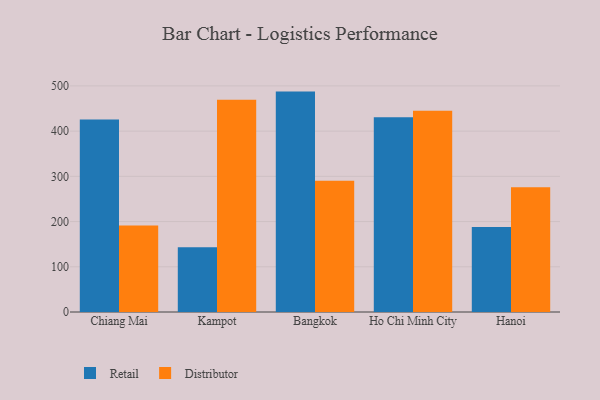
{"axis": {"x": "City", "y": "Conversion Rate (%)"}, "legend": ["Distributor", "Retail"], "data": [{"x": "Chiang Mai", "y": 425.9, "type": "Retail"}, {"x": "Chiang Mai", "y": 191.2, "type": "Distributor"}, {"x": "Kampot", "y": 143.4, "type": "Retail"}, {"x": "Kampot", "y": 469.6, "type": "Distributor"}, {"x": "Bangkok", "y": 487.4, "type": "Retail"}, {"x": "Bangkok", "y": 290.5, "type": "Distributor"}, {"x": "Ho Chi Minh City", "y": 430.7, "type": "Retail"}, {"x": "Ho Chi Minh City", "y": 445.0, "type": "Distributor"}, {"x": "Hanoi", "y": 188.0, "type": "Retail"}, {"x": "Hanoi", "y": 275.6, "type": "Distributor"}]}